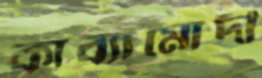
কাব্যামোদী